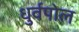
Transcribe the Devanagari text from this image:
धुर्वपोल